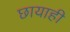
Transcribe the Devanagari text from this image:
छायाही